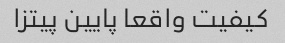
کیفیت واقعا پایین پیتزا